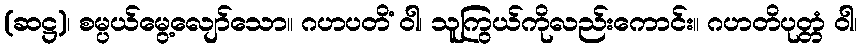
(ဆဋ္ဌ)၊ စမ္ပယ်မွေ့လျော်သော။ ဂဟပတိံ ဝါ၊ သူကြွယ်ကိုလည်းကောင်း။ ဂဟတိပုတ္တံ ဝါ၊